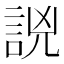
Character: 𧧗